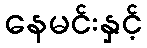
နေမင်းနှင့်